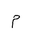
Letter: _mim